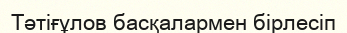
Тәтіғұлов басқалармен бірлесіп